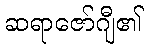
ဆရာဇော်ဂျီ၏